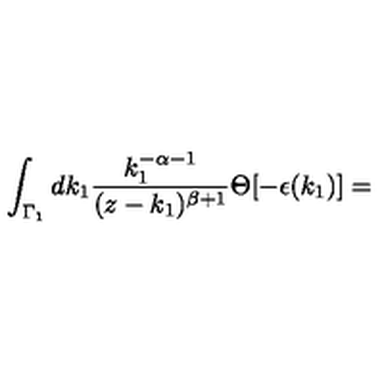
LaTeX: \int _ { { \Gamma } _ { 1 } } d k _ { 1 } \frac { k _ { 1 } ^ { - \alpha - 1 } } { ( z - k _ { 1 } ) ^ { \beta + 1 } } \Theta [ - \epsilon ( k _ { 1 } ) ] =